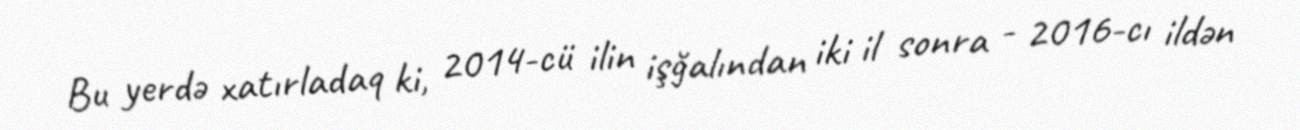
Bu yerdə xatırladaq ki, 2014-cü ilin işğalından iki il sonra - 2016-cı ildən